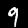
Label: 9